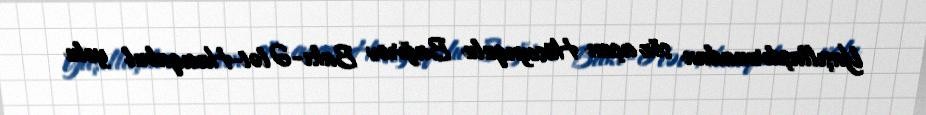
Yaşıllaşdırmadan söz açan Hüseynqulu Bağırov Bakı-Ələt-Hacıqabul yolu